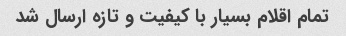
تمام اقلام بسیار با کیفیت و تازه ارسال شد